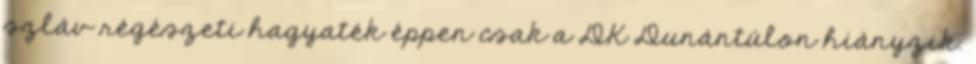
szláv régészeti hagyaték éppen csak a DK Dunántúlon hiányzik.